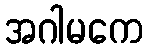
အဂါမကေ